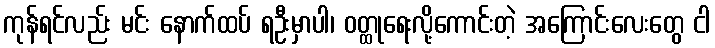
ကုန်ရင်လည်း မင်း နောက်ထပ် ရဦးမှာပါ၊ ဝတ္ထုရေးလို့ကောင်းတဲ့ အကြောင်းလေးတွေ ငါ